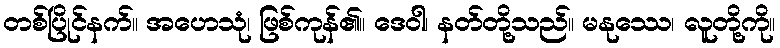
တစ်ပြိုင်နက်။ အဟေသုံ၊ ဖြစ်ကုန်၏။ ဒေဝါ၊ နတ်တို့သည်။ မနုဿေ၊ လူတို့ကို။